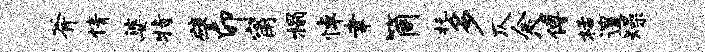
斧情婆特譬卯甯榻悼聿筒托多仄余八傅栝遑燥